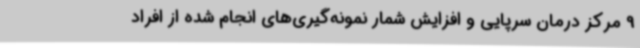
9 مرکز درمان سرپایی و افزایش شمار نمونه‌گیری‌های انجام شده از افراد